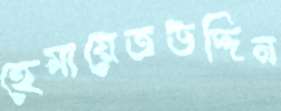
হেমায়েতউদ্দিন